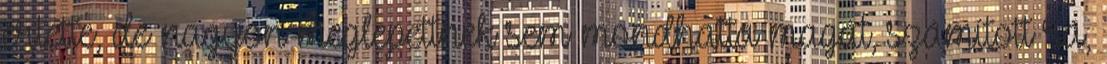
értette, de nagyon meglepettnek sem mondhatta magát, számított rá,